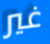
غير